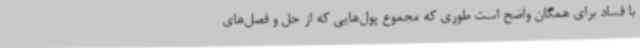
با فساد برای همگان واضح است طوری که مجموع پول‌هایی که از حل و فصل‌های